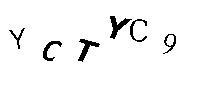
YCTYC9